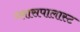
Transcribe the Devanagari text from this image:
ग्लासपालास्ट